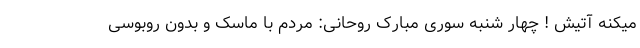
میکنه آتیش ! چهار شنبه سوری مبارک روحانی: مردم با ماسک و بدون روبوسی